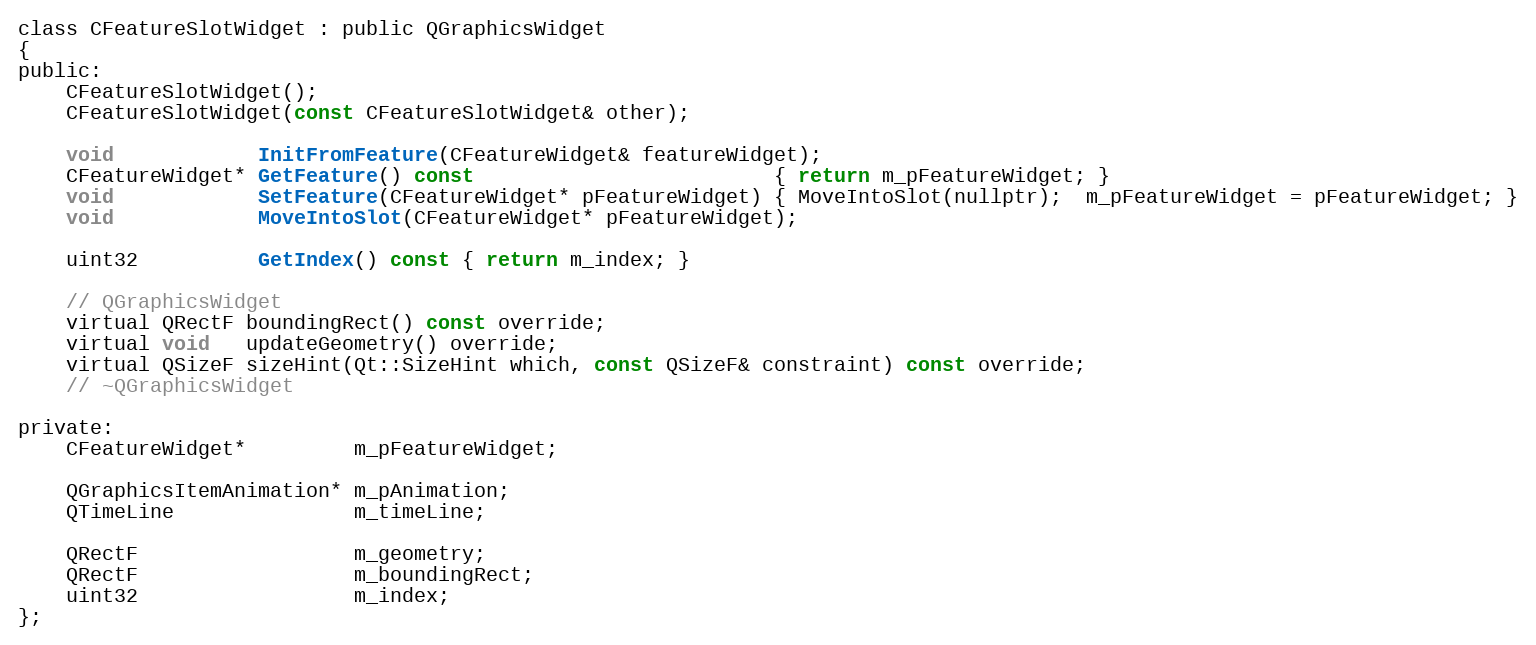
Language: C
class CFeatureSlotWidget : public QGraphicsWidget
{
public:
	CFeatureSlotWidget();
	CFeatureSlotWidget(const CFeatureSlotWidget& other);

	void            InitFromFeature(CFeatureWidget& featureWidget);
	CFeatureWidget* GetFeature() const                         { return m_pFeatureWidget; }
	void            SetFeature(CFeatureWidget* pFeatureWidget) { MoveIntoSlot(nullptr);  m_pFeatureWidget = pFeatureWidget; }
	void            MoveIntoSlot(CFeatureWidget* pFeatureWidget);

	uint32          GetIndex() const { return m_index; }

	// QGraphicsWidget
	virtual QRectF boundingRect() const override;
	virtual void   updateGeometry() override;
	virtual QSizeF sizeHint(Qt::SizeHint which, const QSizeF& constraint) const override;
	// ~QGraphicsWidget

private:
	CFeatureWidget*         m_pFeatureWidget;

	QGraphicsItemAnimation* m_pAnimation;
	QTimeLine               m_timeLine;

	QRectF                  m_geometry;
	QRectF                  m_boundingRect;
	uint32                  m_index;
};